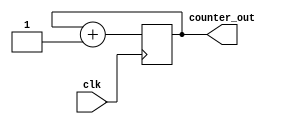
module simple_counter (input clk, output reg[31:0] counter_out); 

always @ (posedge clk) // on positive clock edge 
begin 
	
	counter_out <= #1 counter_out + 1;


end 
endmodule